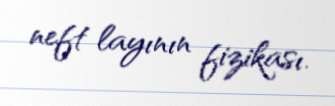
neft layının fizikası.